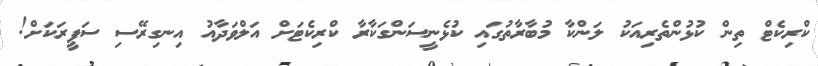
ކްރިކެޓް ތިން ކުޅުންތެރިއަކު ލަންކާ މުބާރާތުގައި ކުޅެނީސަންގަކާރާ ކްރިކެޓަށް އަލްވަދާއު އިނގިރޭސި ސަފީރަކަށް!